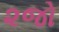
૨જો